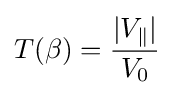
T(\beta )={\frac {|V_{\parallel }|}{V_{0}}}